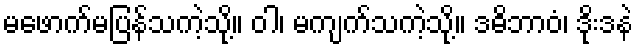
မဖောက်မပြန်သကဲ့သို့။ ဝါ၊ မကျက်သကဲ့သို့။ ဒဓိဘာဝံ၊ ဒိုးဒနဲ